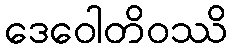
ဒေဝေါတိဝဿိ